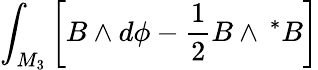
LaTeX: \int_{M_{3}}\left[B\wedge d\phi-\frac 12B\wedge\, ^{*}B\right]